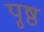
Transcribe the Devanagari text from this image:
पृ्ष्ठ